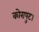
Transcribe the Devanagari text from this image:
कोरापुट।